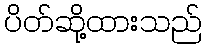
ပိတ်ဆို့ထားသည်